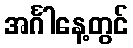
အင်္ဂါနေ့တွင်